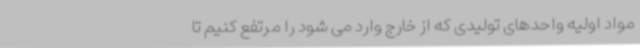
مواد اولیه واحدهای تولیدی که از خارج وارد می شود را مرتفع کنیم تا